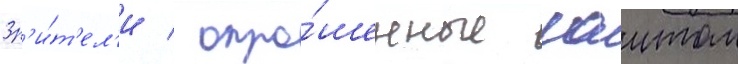
Зр'и́т'ел'и / опро́шенные саитом